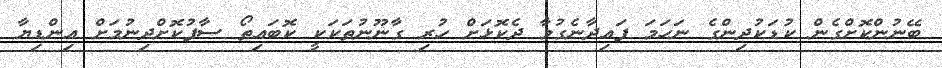
ބޭނުންކޮށްގެން ކުޑަކުދިންގެ ނަހަމަ ފައިދާނެގުމާ ދެކޮޅަށް ހުރި ގާނޫނުތަކަކީ ކޮބައިތޯ ސާފުކޮށްދިނުމަށް އިންޑިޔާ